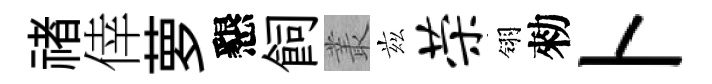
禇倖萝懇飼叢兹荣翎勑卜